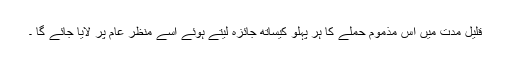
قلیل مدت میں اس مذموم حملے کا ہر پہلو کیساتھ جائزہ لیتے ہوئے اسے منظر عام پر لایا جائے گا ۔